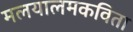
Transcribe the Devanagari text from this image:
मलयालमकविता